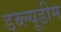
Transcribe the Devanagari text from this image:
डब्ल्यूडीम